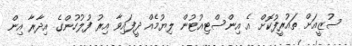
ސުޒީއަށް ތައުރީފުކޮށް އެ އިންސްޓިއުޓުން ލިޔުމެއް ދީފައިވާ އިރު ފުލުހުންގެ އިދާރާ އިން